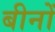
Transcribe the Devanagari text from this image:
बीनों